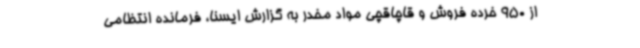
از 950 خرده فروش و قاچاقچی مواد مخدر به گزارش ایسنا، فرمانده انتظامی